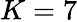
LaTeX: K=7